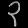
Digit: ၃